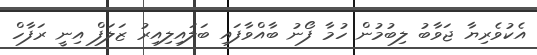
އެކުވެރިޔާ ޖަވާބު ލިބުމުން ހުމާ ފޯނު ބާއްވާފައި ބަލައިލިއިރު ޒަލަފް އިނީ ރަފާހް